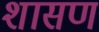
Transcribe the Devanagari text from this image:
शासण